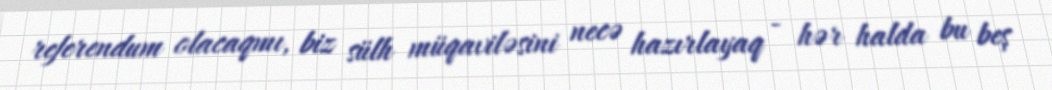
referendum olacaqmı, biz sülh müqaviləsini necə hazırlayaq - hər halda bu beş